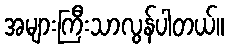
အများကြီးသာလွန်ပါတယ်။